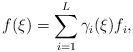
LaTeX: \begin{align*}f(\xi)= \sum_{i=1}^L \gamma_i(\xi) f_i ,\end{align*}